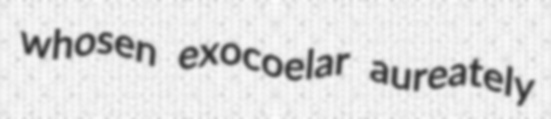
whosen exocoelar aureately